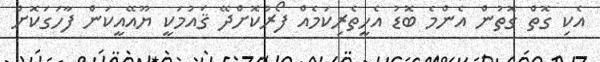
އެކި ގޮތް ގޮތުން އެންމެ ބޮޑު އެހީތެރިކަމެއް ފޯރުކޮށްދޭ ޤައުމަކީ ޔޫއޭއީކަން ފާހަގަކޮށް